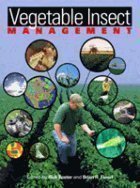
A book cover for Vegetable Insect Management: With Emphasis on the Midwest; Crafts, Hobbies & Home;